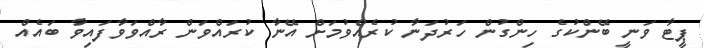
ޕީޓާ ވަނީ ބޭންކުގެ ހިންގުން ހަރުދަނާ ކުރެއްވުމަށް އޭނާ ކުރައްވަން ރާއްވަވާފައިވާ ބައެއް